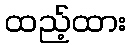
ထည့်ထား